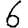
Digit: 6